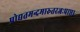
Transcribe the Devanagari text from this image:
प्रोद्यतमन्दमारुतरजःप्राप्ता